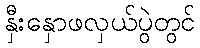
နှီးနှောဖလှယ်ပွဲတွင်